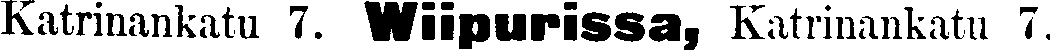
Katrinankatu 7. Wiipurissa, Katrinankatu 7.